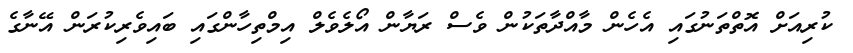
ކުރިއަށް އޮތްތަނުގައި އެހެން މާއްދާތަކުން ވެސް ރަޔާން އޯލެވެލް އިމްތިހާންގައި ބައިވެރިކުރަން އޭނާގެ